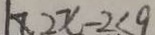
2 x - 2 \leq 9